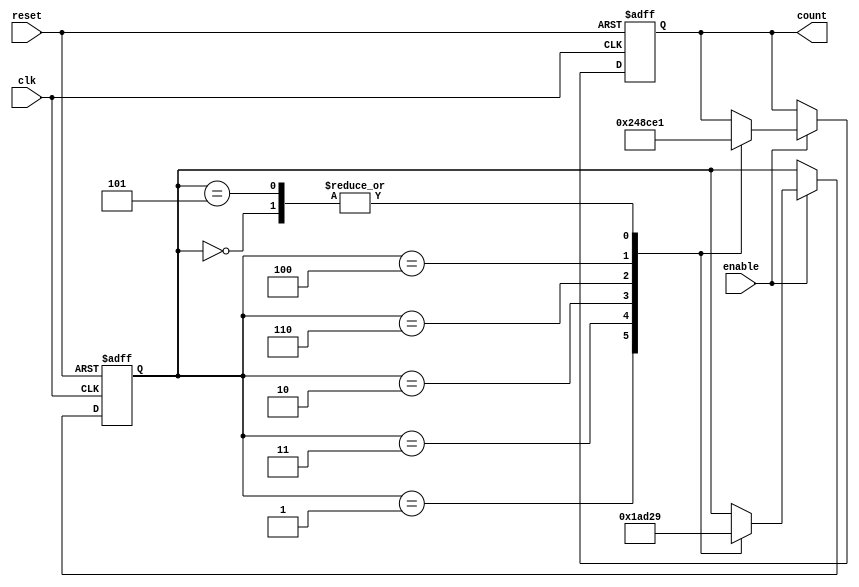
module johnson_counter_with_enable(
    input wire clk,
    input wire reset,
    input wire enable,
    output reg [3:0] count
);

reg [2:0] state;

always @(posedge clk or posedge reset) begin
    if (reset) begin
        state <= 3'b000;
        count <= 4'b0000;
    end else begin
        if (enable) begin
            case (state)
                3'b000: begin
                    state <= 3'b001;
                    count <= 4'b0001;
                end
                3'b001: begin
                    state <= 3'b011;
                    count <= 4'b0010;
                end
                3'b011: begin
                    state <= 3'b010;
                    count <= 4'b0100;
                end
                3'b010: begin
                    state <= 3'b110;
                    count <= 4'b1000;
                end
                3'b110: begin
                    state <= 3'b100;
                    count <= 4'b1100;
                end
                3'b100: begin
                    state <= 3'b101;
                    count <= 4'b1110;
                end
                3'b101: begin
                    state <= 3'b001;
                    count <= 4'b0001;
                end
            endcase
        end
    end
end

endmodule